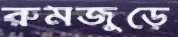
রুমজুড়ে